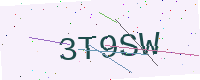
Text: 3T9SW